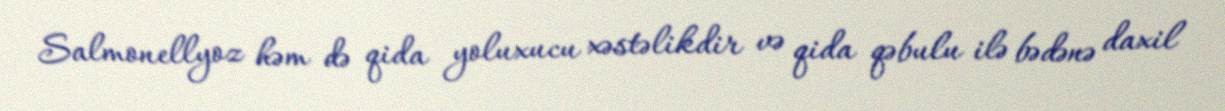
Salmonellyoz həm də qida yoluxucu xəstəlikdir və qida qəbulu ilə bədənə daxil